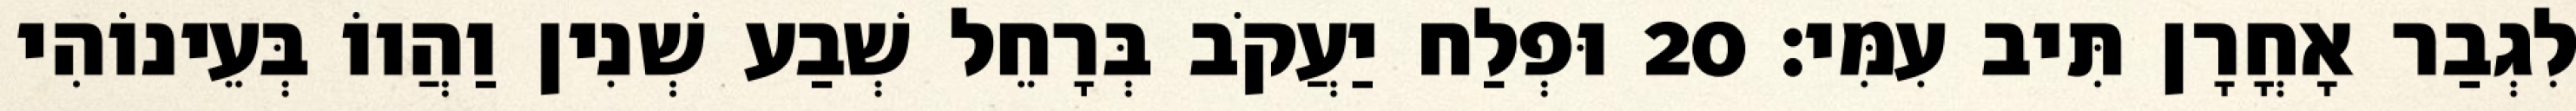
לִגְבַר אָחֳרָן תִּיב עִמִּי׃ 20 וּפְלַח יַעֲקֹב בְּרָחֵל שְׁבַע שְׁנִין וַהֲווֹ בְּעֵינוֹהִי